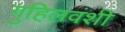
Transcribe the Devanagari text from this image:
गुहिलवंशी